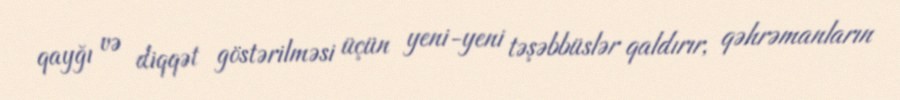
qayğı və diqqət göstərilməsi üçün yeni-yeni təşəbbüslər qaldırır, qəhrəmanların